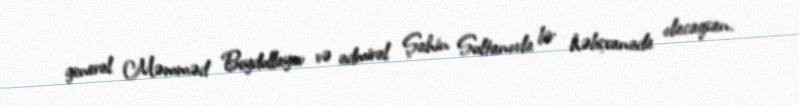
general Məmməd Beydullayev və admiral Şahin Sultanovla bir həbsxanada olacaqsan.